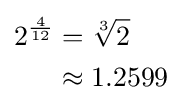
{\begin{aligned}2^{\frac {4}{12}}&={\sqrt[{3}]{2}}\\&\approx 1.2599\end{aligned}}